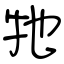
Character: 牠